Civil Veterinary Dept. Bombay admin report 1914-1922 - 1914-1922
Year: 1914
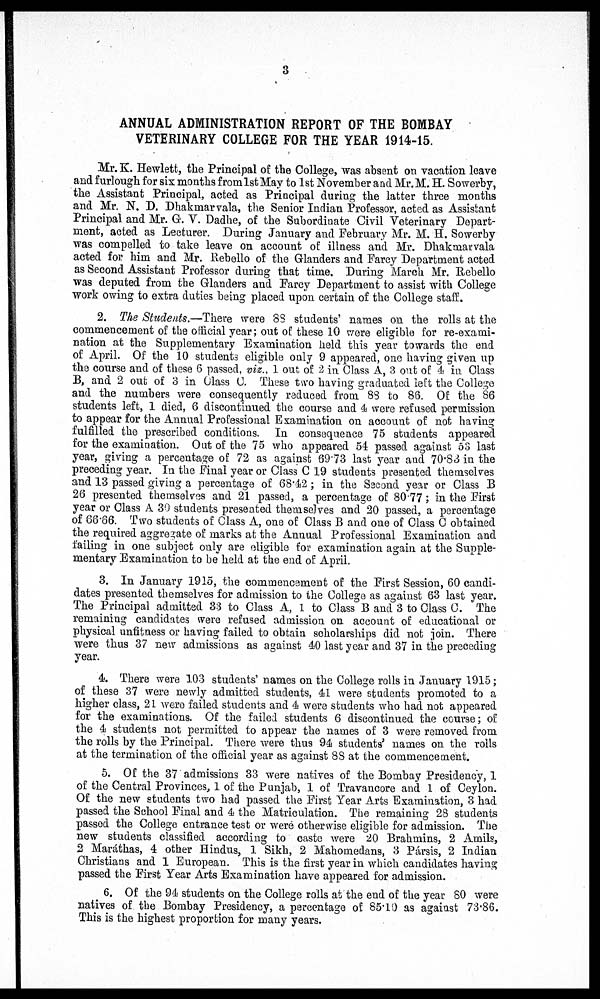
3
ANNUAL ADMINISTRATION REPORT OF THE BOMBAY
VETERINARY COLLEGE FOR THE YEAR 1914-15.
Mr. K. Hewlett, the Principal of the College, was absent on vacation leave
and furlough for six months from 1st May to 1st November and Mr.M. H. Sowerby,
the Assistant Principal, acted as Principal during the latter three months
and Mr. N. D. Dhakmarvala, the Senior Indian Professor, acted as Assistant
Principal and Mr. G. V. Dadhe, of the Subordinate Civil Veterinary Depart-
ment, acted as Lecturer. During January and February Mr. M. H. Sowerby
was compelled to take leave on account of illness and Mr. Dhakmarvala
acted for him and Mr. Rebello of the Glanders and Farcy Department acted
as Second Assistant Professor during that time. During March Mr. Rebello
was deputed from the Glanders and Farcy Department to assist with College
work owing to extra duties being placed upon certain of the College staff.
2. The Students.—There were 88 students' names on the rolls at the
commencement of the official year; out of these 10 were eligible for re-exami-
nation at the Supplementary Examination held this year towards the end
of April. Of the 10 students eligible only 9 appeared, one having given up
the course and of these 6 passed, viz., 1 out, of 2 in Class A, 3 out of 4 in Class
B, and 2 out of 3 in Class C. These two having graduated left the College
and the numbers were consequently reduced from 88 to 86. Of the 86
students left, 1 died, 6 discontinued the course and 4 were refused permission
to appear for the Annual Professional Examination on account of not having
fulfilled the prescribed conditions. In consequence 75 students appeared
for the examination. Out of the 75 who appeared 54 passed against 53 last
year, giving a percentage of 72 as against 69.73 last year and 70.83 in the
preceding year. In the Final year or Class C 19 students presented themselves
and 13 passed giving a percentage of 68.42; in the Second year or Class B
26 presented themselves and 21 passed, a percentage of 80.77; in the First
year or Class A 30 students presented themselves and 20 passed, a percentage
of 66.66. Two students of Class A, one of Class B and one of Class C obtained
the required aggregate of marks at the Annual Professional Examination and
failing in one subject only are eligible for examination again at the Supple-
mentary Examination to be held at the end of April.
3. In January 1915, the commencement of the First Session, 60 candi-
dates presented themselves for admission to the College as against 63 last year.
The Principal admitted 33 to Class A, 1 to Class B and 3 to Class C. The
remaining candidates were refused admission on account of educational or
physical unfitness or having failed to obtain scholarships did not join. There
were thus 37 new admissions as against 40 last year and 37 in the preceding
year.
4. There were 103 students' names on the College rolls in January 1915;
of these 37 were newly admitted students, 41 were students promoted to a
higher class, 21 were failed students and 4 were students who had not appeared
for the examinations. Of the failed students 6 discontinued the course; of
the 4 students not permitted to appear the names of 3 were removed from
the rolls by the Principal. There were thus 94 students' names on the rolls
at the termination of the official year as against 88 at the commencement.
5. Of the 37 admissions 33 were natives of the Bombay Presidency,1
of the Central Provinces, 1 of the Punjab, 1 of Travancore and 1 of Ceylon.
Of the new students two had passed the First Year Arts Examination, 3 had
passed the School Final and 4 the Matriculation. The remaining 28 students
passed the College entrance test or were other wise eligible for admission. The
new students classified according to caste were 20 Brahmins, 2 Amils,
2 Maráthas, 4 other Hindus, 1 Sikh, 2 Mahomedans, 3 Pársis, 2 Indian
Christians and 1 European. This is the first year in which candidates having
passed the First Year Arts Examination have appeared for admission.
6. Of the 94 students on the College rolls at the end of the year 80 were
natives of the Bombay Presidency, a percentage of 85.10 as against 73.86.
This is the highest proportion for many years.